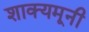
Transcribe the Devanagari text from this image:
शाक्यमूनी